Madras plague regulations in force outside the Presidency town - Volume 2
Disease focus: Plague
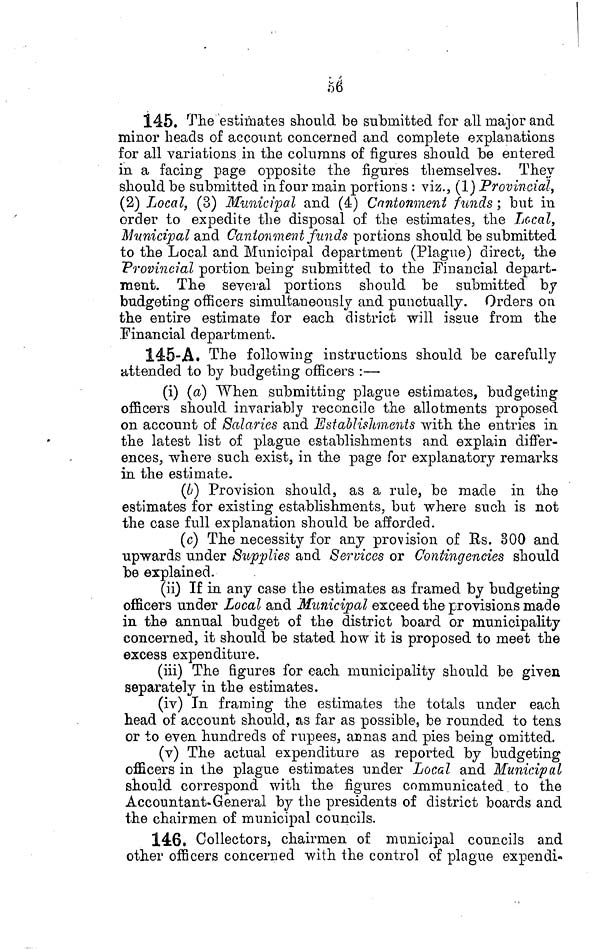
56
145. The estimates should be submitted for all major and
minor heads of account concerned and complete explanations
for all variations in the columns of figures should be entered
in a facing page opposite the figures themselves. They
should be submitted in four main portions : viz., (1) Provincial,
(2) Local, (3) Municipal and (4) Cantonment funds ; but in
order to expedite the disposal of the estimates, the Local,
Municipal and Cantonment funds portions should be submitted
to the Local and Municipal department (Plague) direct, the
Provincial portion being submitted to the Financial depart-
ment. The several portions should be submitted by
budgeting officers simultaneously and punctually. Orders on
the entire estimate for each district will issue from the
Financial department.
145-Á. The following instructions should be carefully
attended to by budgeting officers :—
(i) (a) When submitting plague estimates, budgeting
officers should invariably reconcile the allotments proposed
on account of Salaries and Establishments with the entries in
the latest list of plague establishments and explain differ-
ences, where such exist, in the page for explanatory remarks
in the estimate.
(b) Provision should, as a rule, be made in the
estimates for existing establishments, but where such is not
the case full explanation should be afforded.
(c) The necessity for any provision of Rs. 300 and
upwards under Supplies and Services or Contingencies should
be explained.
(ii) If in any case the estimates as framed by budgeting
officers under Local and Municipal exceed the provisions made
in the annual budget of the district board or municipality
concerned, it should be stated how it is proposed to meet the
excess expenditure.
(iii) The figures for each municipality should be given
separately in the estimates.
(iv) In framing the estimates the totals under each
head of account should, as far as possible, be rounded to tens
or to even hundreds of rupees, annas and pies being omitted.
(v) The actual expenditure as reported by budgeting
officers in the plague estimates under Local and Municipal
should correspond with the figures communicated to the
Accountant- General by the presidents of district boards and
the chairmen of municipal councils.
146, Collectors, chairmen of municipal councils and
other officers concerned with the control of plague expendí-